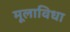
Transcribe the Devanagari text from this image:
मूलाविधा